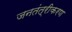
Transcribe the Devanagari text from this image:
जनतंत्रीकरण